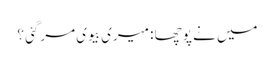
میں نے پوچھا : میری بیوی مرگئی ؟